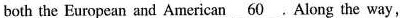
both the European and American \underline{60} .Along the way,